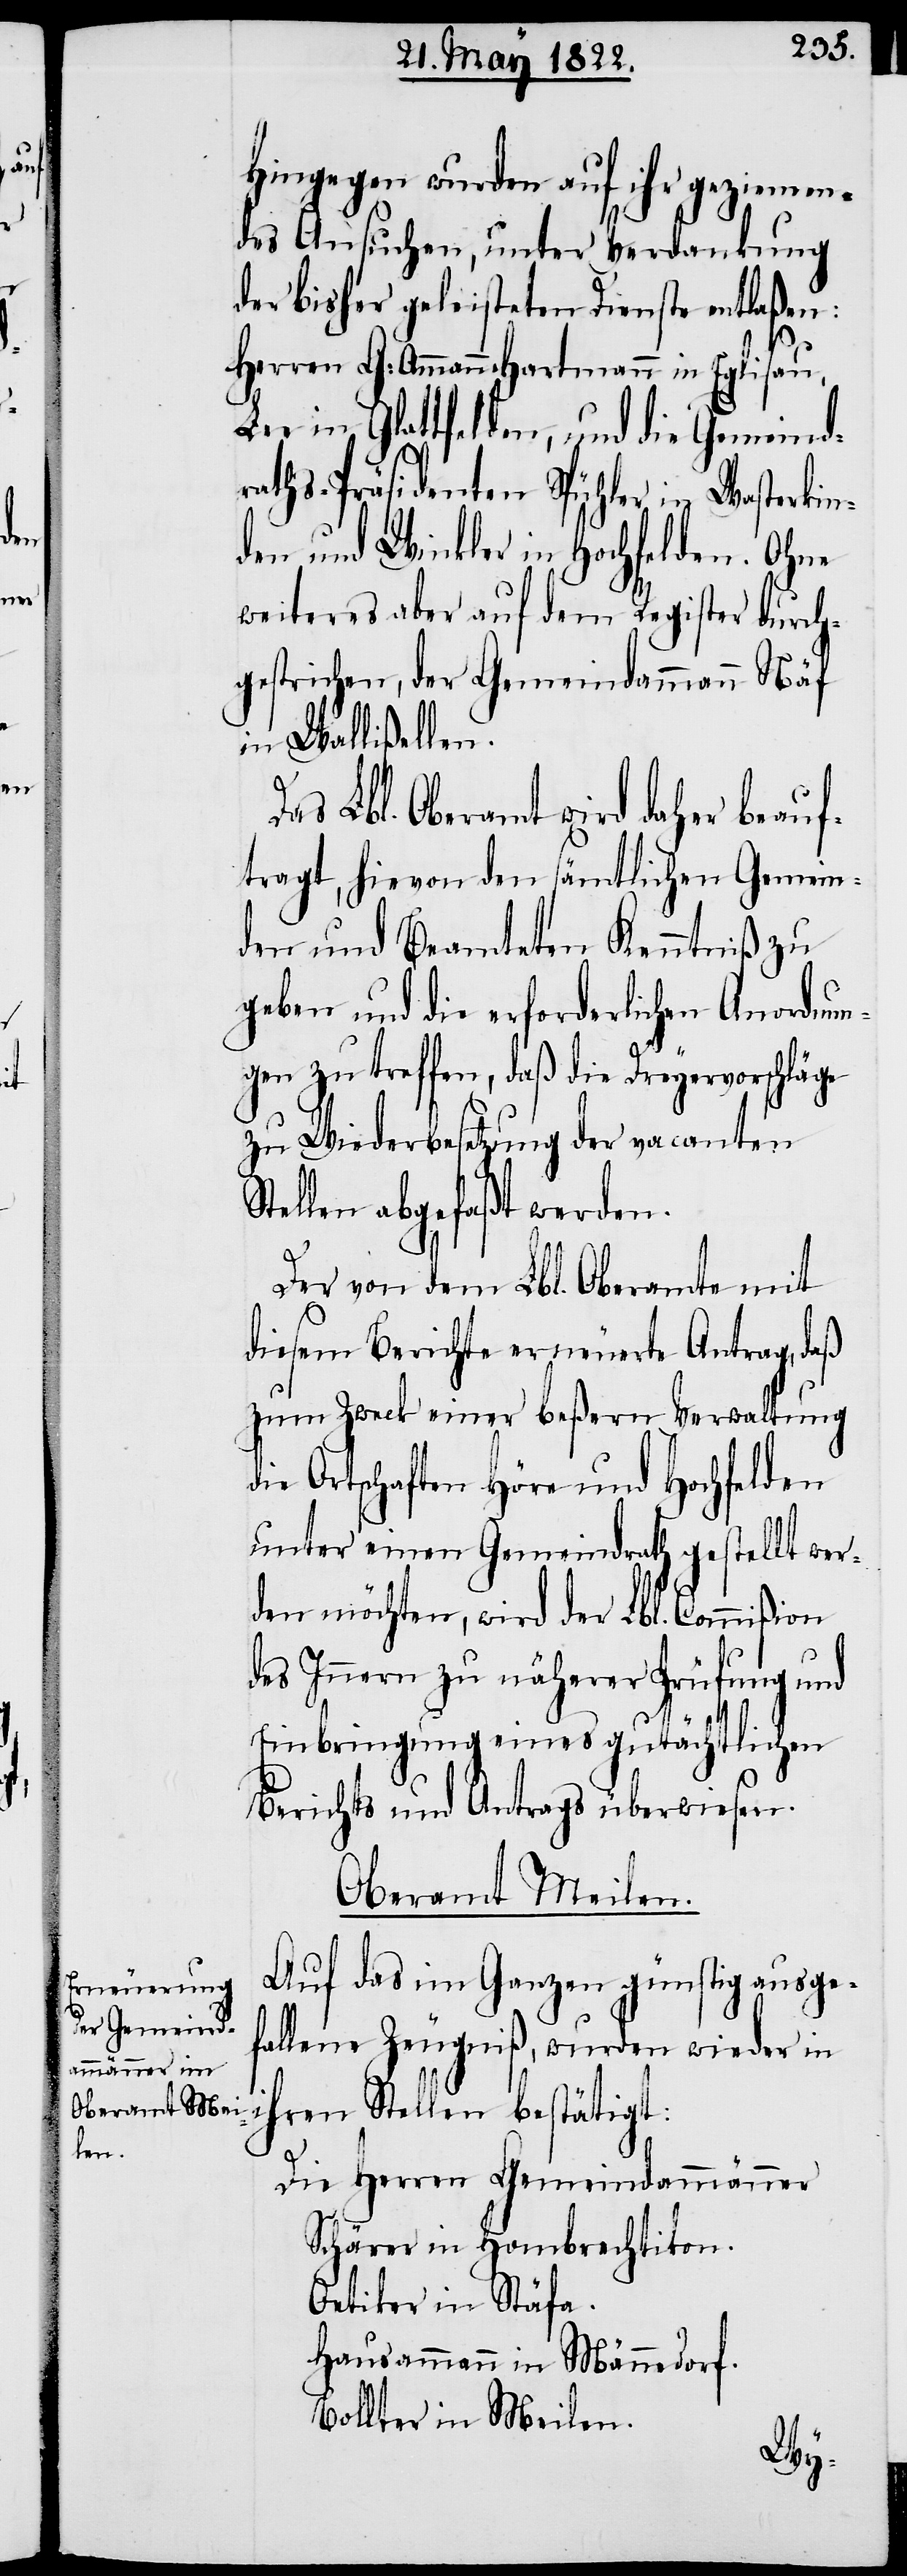
Hingegen wurden auf ihr geziemen¬
des Ansuchen, unter Verdankung
der bisher geleisteten Dienste entlaßen:
Herrn G: Ammann Hartmann in Eglisau,
Lee in Glattfelden, und die Gemeind¬
raths-Präsidenten Spühler in Wasterkin¬
gen und Winkler in Hochfelden. Ohne
weiteres aber auf dem Register durch¬
gestrichen, der Gemeindammann Näf
in Wallißellen.
Das Lbl. Oberamt wird daher beauf¬
tragt, hievon den sämtlichen Gemein¬
den und Beamteten Kenntniß zu
geben und die erforderliche Anordnun¬
g zu treffen, daß die Dreyervorschläge
zu Wiederbesetzung der vacanten
Stellen abgefaßt werden.
Der von dem Lbl. Oberamte mit
diesem Berichte erneuerte Antrag, daß
zum Zweck einer beßern Verwaltung
die Ortschaften Höre und Hochfelden
unter einen Gemeindrath gestellt wer¬
den möchten, wird der Lbl. Commißion
des Innern zu näherer Prüfung und
Einbringung eines gutächtlichen
Oberamt Meilen.
Auf das im Ganzen günstig ausge¬
fallene Zeugniß, wurden wieder in
ihren Stellen bestätigt:
Die Herren Gemeindammänner
Schärer in Hombrechtikon.
Oetiker in Stäfa.
Hausammann in Männedorf.
Bollter in Meilen.